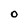
Character: O